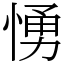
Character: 愑